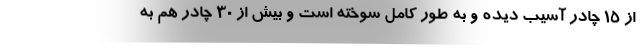
از ۱۵ چادر آسیب دیده و به طور کامل سوخته است و بیش از ۳۰ چادر هم به